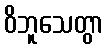
ဝိဘူသေတွာ